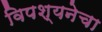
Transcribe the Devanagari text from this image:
विपश्यनेचा